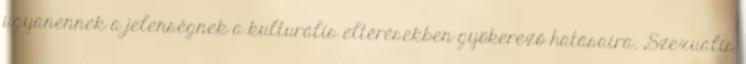
ugyanennek a jelenségnek a kulturális eltérésekben gyökerező hatásaira. „Szexuális